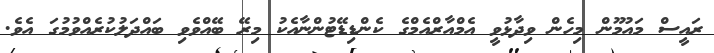
ރައީސް މައުމޫން މިހެން ވިދާޅުވީ އެމްއާރްއެމްގެ ކެންޑިޑޭޓުންނާއެކު މިރޭ ބޭއްވެވި ބައްދަލުކުރެއްވުމުގަ އެވެ.